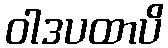
ဝါဒပထာပိ